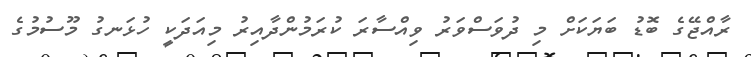
ރާއްޖޭގެ ބޮޑު ބަޔަކަށް މި ދުވަސްވަރު ވިއްސާރަ ކުރަމުންދާއިރު މިއަދަކީ ހުޅަނގު މޫސުމުގެ